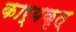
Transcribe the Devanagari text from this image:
कार्यकृत्